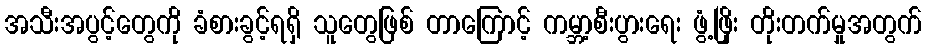
အသီးအပွင့်တွေကို ခံစားခွင့်ရရှိ သူတွေဖြစ် တာကြောင့် ကမ္ဘာ့စီးပွားရေး ဖွံ့ဖြိုး တိုးတက်မှုအတွက်